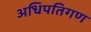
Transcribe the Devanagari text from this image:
अधिपतिगण